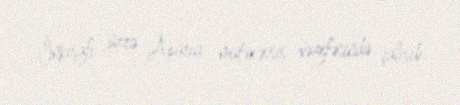
İnkişafı üzrə Aparıcı mütəxəssis vəzifəsində çalışıb.